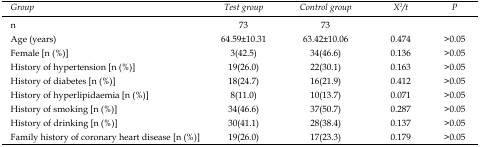
<table><thead><tr><td><b><i>Group</i></b></td><td><b><i>Test group</i></b></td><td><b><i>Control group</i></b></td><td><b><i>χ<sup>2</sup>/t</i></b></td><td><b><i>P</i></b></td></tr></thead><tbody><tr><td>n</td><td>73</td><td>73</td><td></td><td></td></tr><tr><td>Age(years)</td><td>64.59±10.31</td><td>63.42±10.06</td><td>0.474</td><td>&gt;0.05</td></tr><tr><td>Female [n(%)]</td><td>3(42.5)</td><td>34(46.6)</td><td>0.136</td><td>&gt;0.05</td></tr><tr><td>History of hypertension [n(%)]</td><td>19(26.0)</td><td>22(30.1)</td><td>0.163</td><td>&gt;0.05</td></tr><tr><td>History of diabetes [n(%)]</td><td>18(24.7)</td><td>16(21.9)</td><td>0.412</td><td>&gt;0.05</td></tr><tr><td>History of hyperlipidaemia [n(%)]</td><td>8(11.0)</td><td>10(13.7)</td><td>0.071</td><td>&gt;0.05</td></tr><tr><td>History of smoking [n(%)]</td><td>34(46.6)</td><td>37(50.7)</td><td>0.287</td><td>&gt;0.05</td></tr><tr><td>History of drinking [n(%)]</td><td>30(41.1)</td><td>28(38.4)</td><td>0.137</td><td>&gt;0.05</td></tr><tr><td>Family history of coronary heart disease [n(%)]</td><td>19(26.0)</td><td>17(23.3)</td><td>0.179</td><td>&gt;0.05</td></tr></tbody></table>